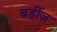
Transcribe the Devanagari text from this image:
बर्डीज़